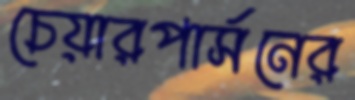
চেয়ারপার্সনের